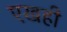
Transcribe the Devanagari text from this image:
एखही